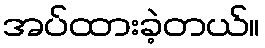
အပ်ထားခဲ့တယ်။